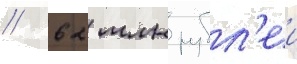
/ 62 млн рубл'еи